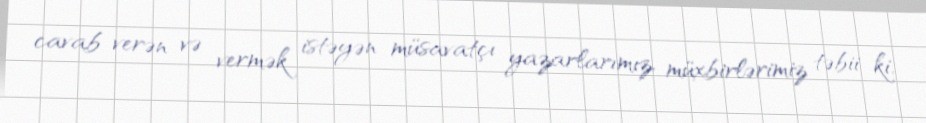
cavab verən və vermək istəyən müsavatçı yazarlarımız, müxbirlərimiz təbii ki,